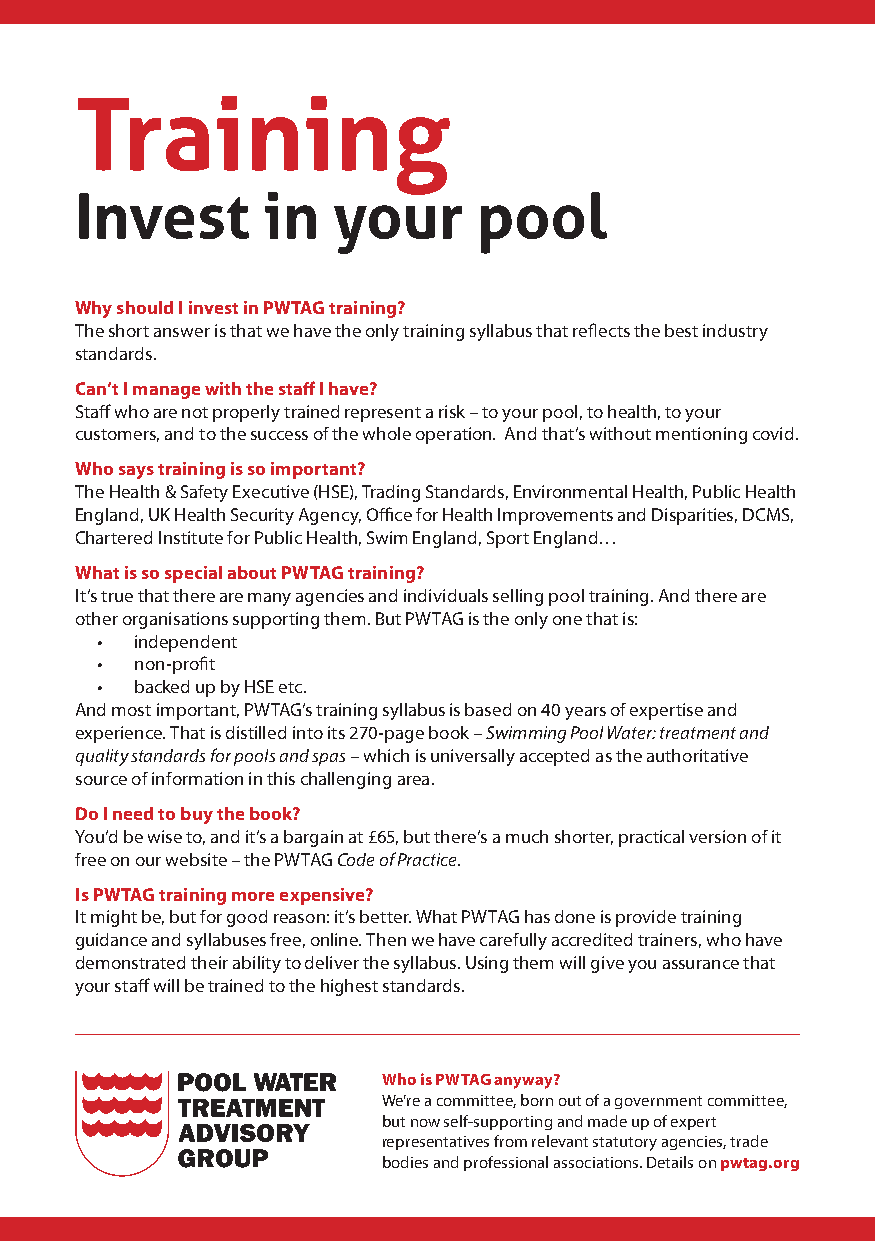
Training
 Invest      in   your      pool
 Why should I invest in PWTAG training?
 The short answer is that we have the only training syllabus that reflects the best industry
 standards.
 Can’t I manage with the staff I have?
 Staff who are not properly trained represent a risk – to your pool, to health, to your
 customers, and to the success of the whole operation. And that’s without mentioning covid.
 Who says training is so important?
 The Health & Safety Executive (HSE), Trading Standards, Environmental Health, Public Health
 England, UK Health Security Agency, Office for Health Improvements and Disparities, DCMS,
 Chartered Institute for Public Health, Swim England, Sport England…
 What is so special about PWTAG training?
 It’s true that there are many agencies and individuals selling pool training. And there are
 other organisations supporting them. But PWTAG is the only one that is:
 •  independent
 •  non-profit
 •  backed up by HSE etc.
 And most important, PWTAG’s training syllabus is based on 40 years of expertise and
 experience. That is distilled into its 270-page book – Swimming Pool Water: treatment and
 quality standards for pools and spas – which is universally accepted as the authoritative
 source of information in this challenging area.
 Do I need to buy the book?
 You’d be wise to, and it’s a bargain at £65, but there’s a much shorter, practical version of it
 free on our website – the PWTAG Code of Practice.
 Is PWTAG training more expensive?
 It might be, but for good reason: it’s better. What PWTAG has done is provide training
 guidance and syllabuses free, online. Then we have carefully accredited trainers, who have
 demonstrated their ability to deliver the syllabus. Using them will give you assurance that
 your staff will be trained to the highest standards.
 Who is PWTAG anyway?
 We’re a committee, born out of a government committee,
 but now self-supporting and made up of expert
 representatives from relevant statutory agencies, trade
 bodies and professional associations. Details on pwtag.org